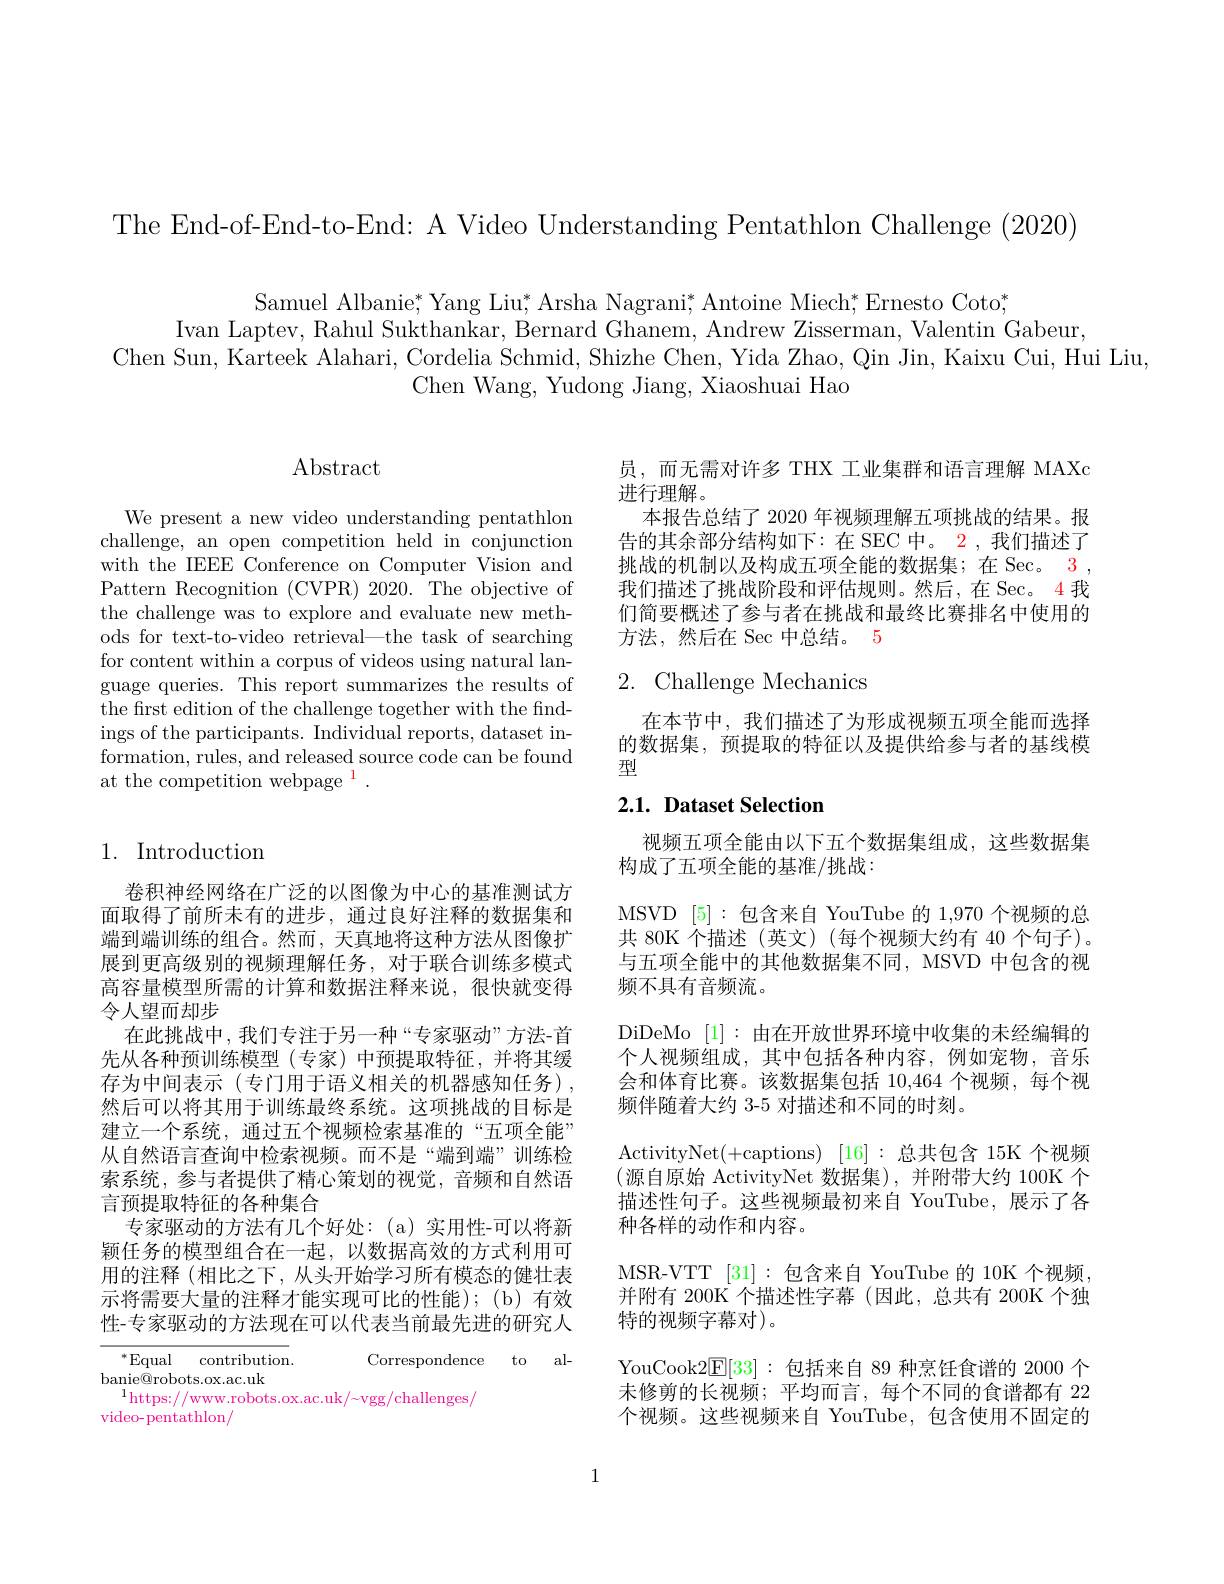
The End-of-End-to-End: A Video Understanding Pentathlon Challenge (2020)

Samuel Albanie; Yang Liu; Arsha Nagrani; Antoine Miech; Ernesto Coto;
Ivan Laptev, Rahul Sukthankar, Bernard Ghanem, Andrew Zisserman, Valentin Gabeur.
Chen Sun, Karteek Alahari, Cordelia Schmid, Shizhe Chen, Yida Zhao, Qin Jin, Kaixu Cui, Hui Liu,
Chen Wang, Yudong Jiang, Xiaoshuai Hao

# $\operatorname{Abstract}$

We present a new video understanding pentathlon challenge, an open competition held in conjunction with the IEEE Conference on Computer Vision and Pattern Recognition (CVPR)2020. The objective of the challenge was to explore and evaluate new methods for text-to-video retrieval—the task of searching for content within a corpus of videos using natural language queries. This report summarizes the results of the first edition of the challenge together with the findings of the participants. Individual reports, dataset information, rules, and released source code can be found at the competition webpage $^1.$

## 1. Introduction

卷积神经网络在广泛的以图像为中心的基准测试方面取得了前所未有的进步，通过良好注释的数据集和端到端训练的组合。然而，天真地将这种方法从图像扩展到更高级别的视频理解任务，对于联合训练多模式高容量模型所需的计算和数据注释来说，很快就变得令人望而却步
在此挑战中，我们专注于另一种“专家驱动”方法-首先从各种预训练模型(专家)中预提取特征，并将其缓存为中间表示(专门用于语义相关的机器感知任务), 然后可以将其用于训练最终系统。这项挑战的目标是建立一个系统，通过五个视频检索基准的“五项全能” 从自然语言查询中检索视频。而不是“端到端”训练检索系统，参与者提供了精心策划的视觉，音频和自然语言预提取特征的各种集合
专家驱动的方法有几个好处：(a)实用性-可以将新颖任务的模型组合在一起，以数据高效的方式利用可用的注释 (相比之下，从头开始学习所有模态的健壮表示将需要大量的注释才能实现可比的性能);(b)有效性-专家驱动的方法现在可以代表当前最先进的研究人

$^*$Equal contribution.
Correspondence to al-
$\underset{{\mathrm{banie@robots.ox.ac.uk}}}{\operatorname*{\text{banie@robots.ox.ac.uk}}}$
$^{1}$https://www.robots.ox.ac.uk/~vgg/challenges$_{/}$
video- pentathlon/

员，而无需对许多 THX 工业集群和语言理解 MAXc
进行理解。
本报告总结了 2020 年视频理解五项挑战的结果。报告的其余部分结构如下：在 SEC 中。2, 我们描述了挑战的机制以及构成五项全能的数据集；在 Sec。3 , 我们描述了挑战阶段和评估规则。然后，在 Sec。4 我们简要概述了参与者在挑战和最终比赛排名中使用的方法，然后在 Sec 中总结。5

## 2. Challenge Mechanics

在本节中，我们描述了为形成视频五项全能而选择的数据集，预提取的特征以及提供给参与者的基线模型

## $2. 1. \textbf{Dataset Selection}$

视频五项全能由以下五个数据集组成，这些数据集
构成了五项全能的基准/挑战：
MSVD [5]:包含来自 YouTube 的 1,970 个视频的总共 80K 个描述 (英文)(每个视频大约有 40 个句子)。与五项全能中的其他数据集不同，MSVD 中包含的视频不具有音频流。
DiDeMo [1]:由在开放世界环境中收集的未经编辑的个人视频组成，其中包括各种内容，例如宠物，音乐会和体育比赛。该数据集包括 10,464 个视频，每个视频伴随着大约 3-5 对描述和不同的时刻。
ActivityNet(+captions) [16]:总共包含 15K 个视频(源自原始 ActivityNet 数据集),并附带大约 100K 个描述性句子。这些视频最初来自 YouTube,展示了各种各样的动作和内容。
MSR-VTT [31]:包含来自 YouTube 的 10K 个视频， 并附有 200K 个描述性字幕 (因此，总共有 200K 个独特的视频字幕对)。
YouCook2E[33]:包括来自 89 种烹饪食谱的 2000 个未修剪的长视频；平均而言，每个不同的食谱都有 22个视频。这些视频来自 YouTube,包含使用不固定的

1